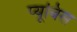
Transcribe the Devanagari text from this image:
प्यूबिस